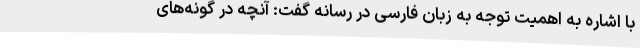
با اشاره به اهمیت توجه به زبان فارسی در رسانه گفت: آنچه در گونه‌های